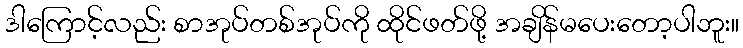
ဒါကြောင့်လည်း စာအုပ်တစ်အုပ်ကို ထိုင်ဖတ်ဖို့ အချိန်မပေးတော့ပါဘူး။